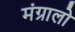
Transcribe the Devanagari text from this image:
मंग्रालो